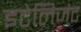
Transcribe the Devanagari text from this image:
इटेलिजंट